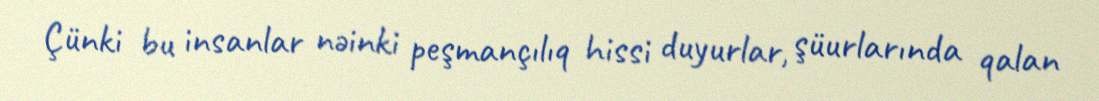
Çünki bu insanlar nəinki peşmançılıq hissi duyurlar, şüurlarında qalan